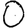
Digit: 0